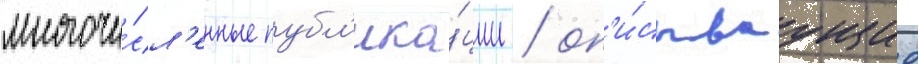
многочи́сл'енные публ'ика́ции / оп'и́сываущие